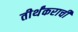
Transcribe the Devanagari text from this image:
तीर्थंकराची